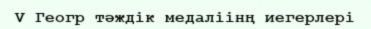
V Геогр тәждік медаліінң иегерлері